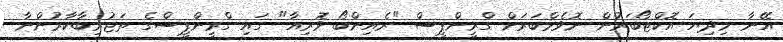
އޭނާ މިދިޔަ އޮކްޓޯބަރުން ނޮވެމްބަރަށް ގްރީންޕީސް "ރެއިންބޯ ވޮރިއާ" ގައި ގްރީންޕީސްގެ ތަޖުރިބާކާރުންނާ